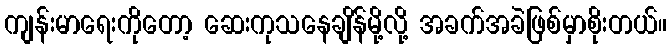
ကျန်းမာရေးကိုတော့ ဆေးကုသနေချိန်မို့လို့ အခက်အခဲဖြစ်မှာစိုးတယ်။